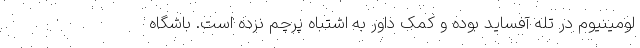
لومینیوم در تله آفساید بوده و کمک داور به اشتباه پرچم نزده است. باشگاه